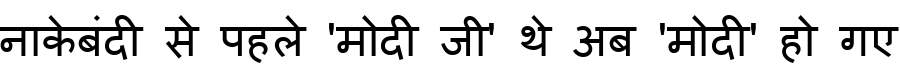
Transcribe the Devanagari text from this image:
नाकेबंदी से पहले 'मोदी जी' थे अब 'मोदी' हो गए